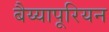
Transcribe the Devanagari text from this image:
बैय्यापूरियन